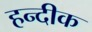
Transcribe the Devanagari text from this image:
हन्दीक